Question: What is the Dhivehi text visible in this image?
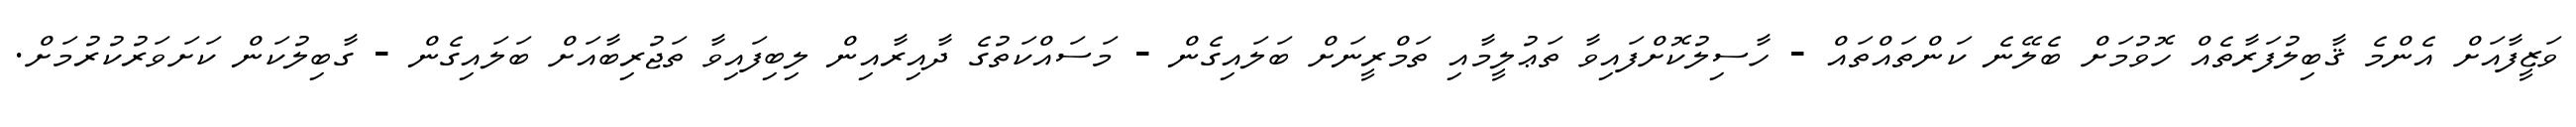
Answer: ވަޒީފާއަށް އެންމެ ޤާބިލުފަރާތެއް ހޮވުމަށް ބެލޭނެ ކަންތައްތައް - ހާސިލުކޮށްފައިވާ ތަޢުލީމާއި ތަމްރީނަށް ބަލައިގެން - މަސައްކަތުގެ ދާއިރާއިން ލިބިފައިވާ ތަޖުރިބާއަށް ބަލައިގެން - ގާބިލުކަން ކަށަވަރުކުރުމަށް.